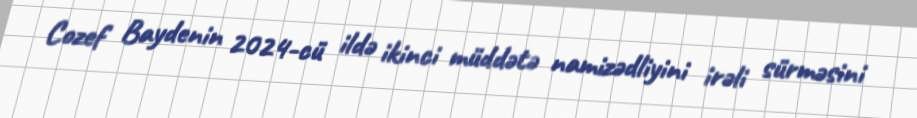
Cozef Baydenin 2024-cü ildə ikinci müddətə namizədliyini irəli sürməsini